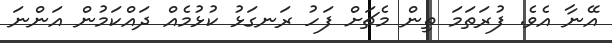
އޭނާ އެވެ. ފުރަތަމަ ތިން މެޗަށް ފަހު ރަނގަޅު ކުޅުމެއް ދައްކަމުން އަންނަ